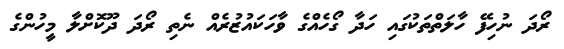
ރޯދަ ނުހިފޭ ހާލަތްތަކުގައި ހަދާ ގޯހެއްގެ ވާހަކައުޒުރެއް ނެތި ރޯދަ ދޫކޮށްލާ މީހުންގެ